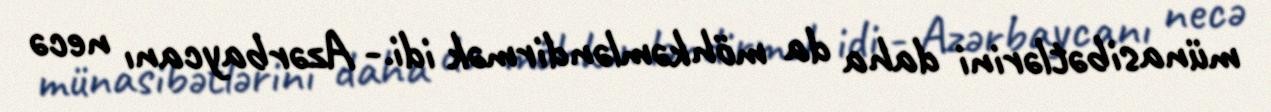
münasibətlərini daha da möhkəmləndirmək idi.- Azərbaycanı necə